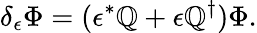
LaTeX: \delta_{\epsilon}\Phi=(\epsilon^{*}\mathbb{Q}+\epsilon\mathbb{Q}^{\dagger})\Phi.